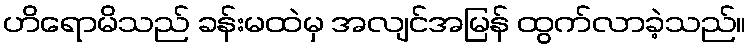
ဟိရောမိသည် ခန်းမထဲမှ အလျင်အမြန် ထွက်လာခဲ့သည်။